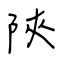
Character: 陝